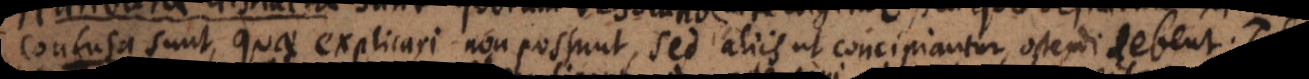
a sunt, quae explicari non possunt, sed aliis ut concipiantur, ostendi debent.